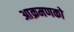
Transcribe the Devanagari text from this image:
आक्रमणको